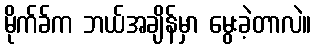
မိုက်ခ်က ဘယ်အချိန်မှာ မွေးခဲ့တာလဲ။